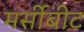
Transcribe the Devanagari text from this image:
मर्सीबीट